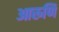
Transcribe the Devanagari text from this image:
आरूणि